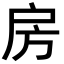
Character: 房